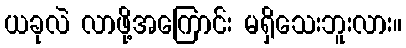
ယခုလဲ လာဖို့အကြောင်း မရှိသေးဘူးလား။